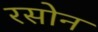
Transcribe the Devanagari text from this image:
रसोन